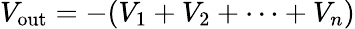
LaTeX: V_{\mathrm{out}}=-(V_{1}+V_{2}+\cdots+V_{n})